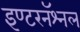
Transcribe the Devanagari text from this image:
इण्टरनॅश्नल